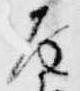
雨